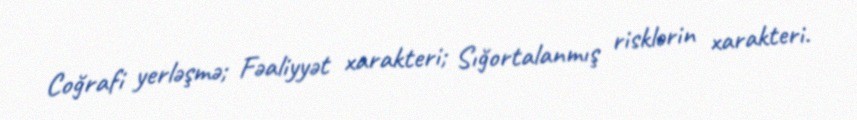
Coğrafi yerləşmə; Fəaliyyət xarakteri; Sığortalanmış risklərin xarakteri.